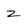
Character: Z